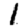
Digit: 1